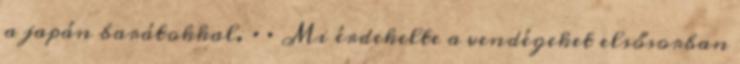
a japán barátokkal. ·· Mi érdekelte a vendégeket elsősorban